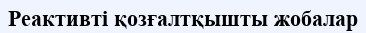
Реактивті қозғалтқышты жобалар